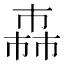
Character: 𢅈